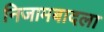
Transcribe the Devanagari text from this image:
निजामबादला